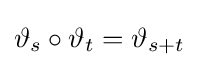
\vartheta _{s}\circ \vartheta _{t}=\vartheta _{s+t}